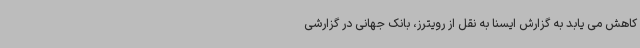
کاهش می یابد به گزارش ایسنا به نقل از رویترز، بانک جهانی در گزارشی